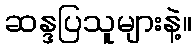
ဆန္ဒပြသူများနဲ့။